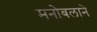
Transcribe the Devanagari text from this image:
मनोबलाने